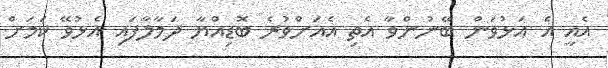
އެއީ އެ އަޅުވަން ބޭނުންވާ އެތި އެއަށްވުރެ ބޮޑިއްޔާ ދަމާލާފައި އެޅުވޭ ކަމަށް